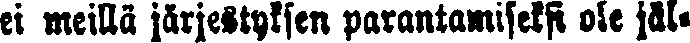
ei meillä järjestyksen parantamiseksi ole jäl-